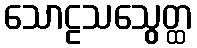
သောဠသသွေတ္ထ